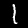
Label: 1